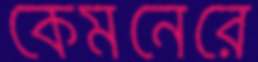
কেমনেরে